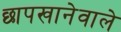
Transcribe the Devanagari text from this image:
छापखानेवाले